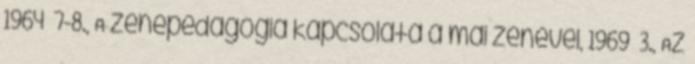
1964 7-8., A zenepedagógia kapcsolata a mai zenével, 1969 3., Az